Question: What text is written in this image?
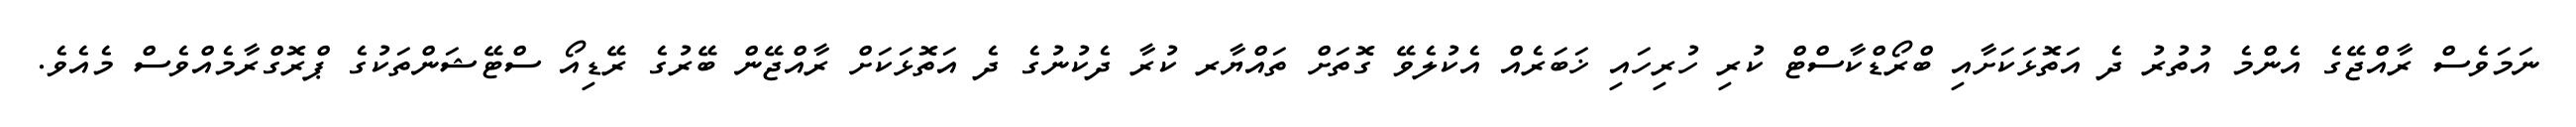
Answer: ނަމަވެސް ރާއްޖޭގެ އެންމެ އުތުރު ދެ އަތޮޅަކަށާއި ބްރޯޑްކާސްޓް ކުރި ހުރިހައި ޚަބަރެއް އެކުލެވޭ ގޮތަށް ތައްޔާރ ކުރާ ދެކުނުގެ ދެ އަތޮޅަކަށް ރާއްޖޭން ބޭރުގެ ރޭޑިއޯ ސްޓޭޝަންތަކުގެ ޕްރޮގްރާމެއްވެސް މެއެވެ.